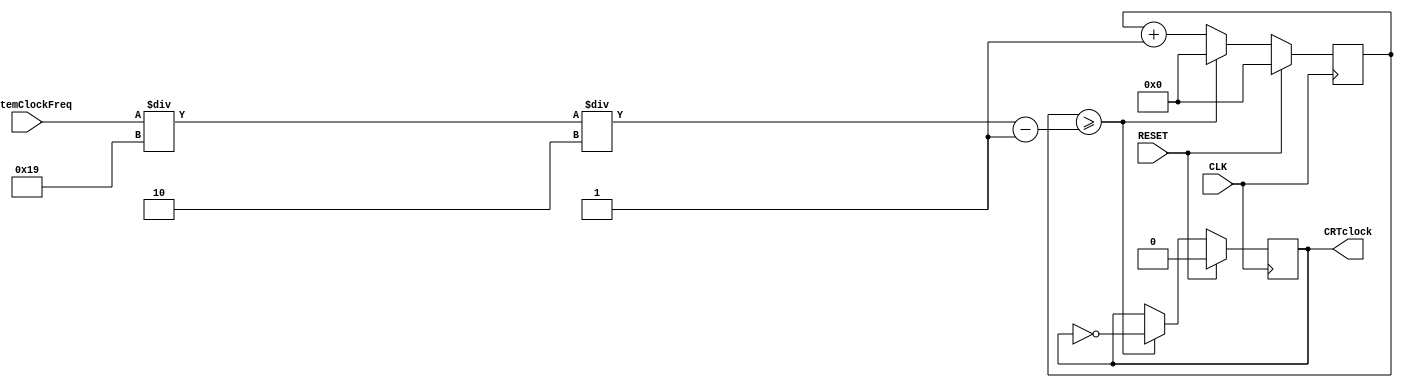
`timescale 1ns / 1ps
//////////////////////////////////////////////////////////////////////////////////
// CM Box: 			 1608 & 1876
//
// Module Name:    CRTClockGenerator
// Description:
//
// Generate the internal game clock at 25MHz from a system clock
//
//////////////////////////////////////////////////////////////////////////////////

module CRTClockGenerator(CLK, RESET, SystemClockFreq, CRTclock);
// Number of bits for SystemClock frequency in MHz
// Max = 1023 MHz
parameter SystemClockSize=10;
input [SystemClockSize-1:0] SystemClockFreq;
input RESET, CLK;

output reg	CRTclock;

// The desired frequency for the internal game clock in MHz
parameter PixelClock=25;
// Internal variables for maintaining state
parameter INIT_COUNT = 16'd0;
reg [15:0] count;

always @(posedge CLK) begin
	if(RESET) begin
		count <= INIT_COUNT;
		CRTclock <= 1'b0;
	end
	// Formula for converting SystemClock to CRTclock:
	// ((SystemClock / PixelClock) / 2) - 1
	// Toggle clock on every half period, -1 inorder to accomadate
	// for starting at zero
	else if (count >= ((SystemClockFreq / PixelClock) / 2) - 1) begin
		count <= INIT_COUNT;
		CRTclock <= ~CRTclock;
	end
	else begin
		count <= count + 1'b1;
		CRTclock <= CRTclock;
	end
end

endmodule